Vaccination in Bombay 1863-1868 - 1863-1868
Year: 1863
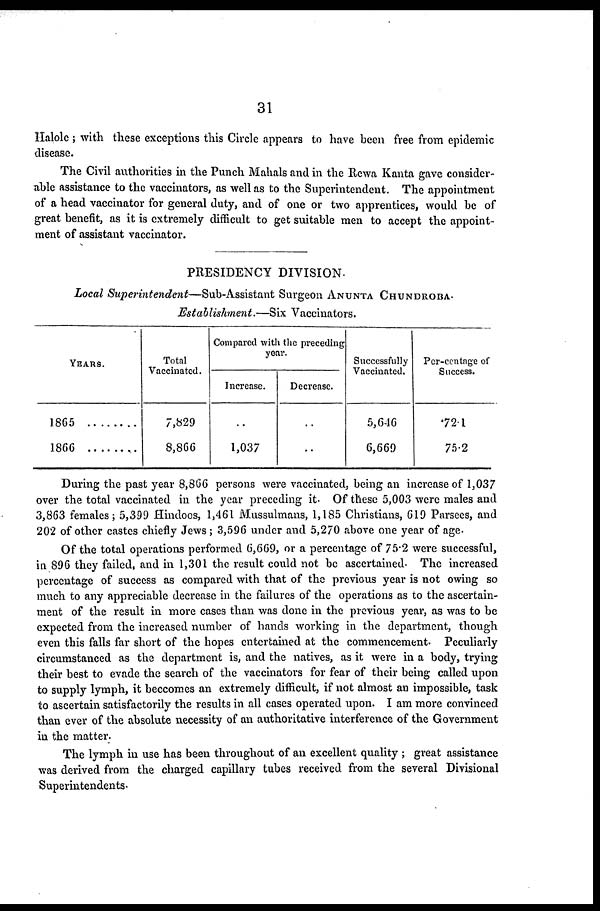
31
Halole ; with these exceptions this Circle appears to have been free from epidemic
disease.
The Civil authorities in the Punch Mahals and in the Rewa Kanta gave consider-
able assistance to the vaccinators, as well as to the Superintendent. The appointment
of a head vaccinator for general duty, and of one or two apprentices, would be of
great benefit, as it is extremely difficult to get suitable men to accept the appoint-
ment of assistant vaccinator.
PRESIDENCY DIVISION.
Local Superintendent—Sub-Assistant
Surgeon ANUNTA CHUNDROBA.
Establishment.—Six Vaccinators.
YEARS.
1865 ........
1866 ........
Total
Vaccinated.
7,829
8,866
Compared with the preceding
year.
Increase.
..
1,037
Decrease.
..
..
Successfully
Vaccinated.
5,646
6,669
Per-centage of
Success.
72.1
75.2
During the past year 8,866 persons were vaccinated, being an increase of 1,037
over the total vaccinated in the year preceding it. Of these 5,003 were males and
3,863 females; 5,399 Hindoos, 1,461 Mussulmans, 1,185 Christians, 619 Parsees, and
202 of other castes chiefly Jews ; 3,596 under and 5,270 above one year of age.
Of the total operations performed 6,669, or a percentage of 75.2 were successful,
in 896 they failed, and in 1,301 the result could not be ascertained. The increased
percentage of success as compared with that of the previous year is not owing so
much to any appreciable decrease in the failures of the operations as to the ascertain-
ment of the result in more cases than was done in the previous year, as was to be
expected from the increased number of hands working in the department, though
even this falls far short of the hopes entertained at the commencement. Peculiarly
circumstanced as the department is, and the natives, as it were in a body, trying
their best to evade the search of the vaccinators for fear of their being called upon
to supply lymph, it beccomes an extremely difficult, if not almost an impossible, task
to ascertain satisfactorily the results in all cases operated upon. I am more convinced
than ever of the absolute necessity of an authoritative interference of the Government
in the matter.
The lymph in use has been throughout of an excellent quality ; great assistance
was derived from the charged capillary tubes received from the several Divisional
Superintendents.